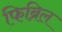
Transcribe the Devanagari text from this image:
फिब्रिल